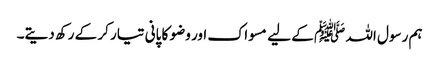
ہم رسول اللہ ﷺ کے لیے مسواک اور وضو کا پانی تیار کر کے رکھ دیتے۔